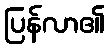
ပြန်လာ၏